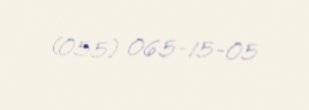
(055) 065-15-05